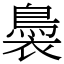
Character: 䙚